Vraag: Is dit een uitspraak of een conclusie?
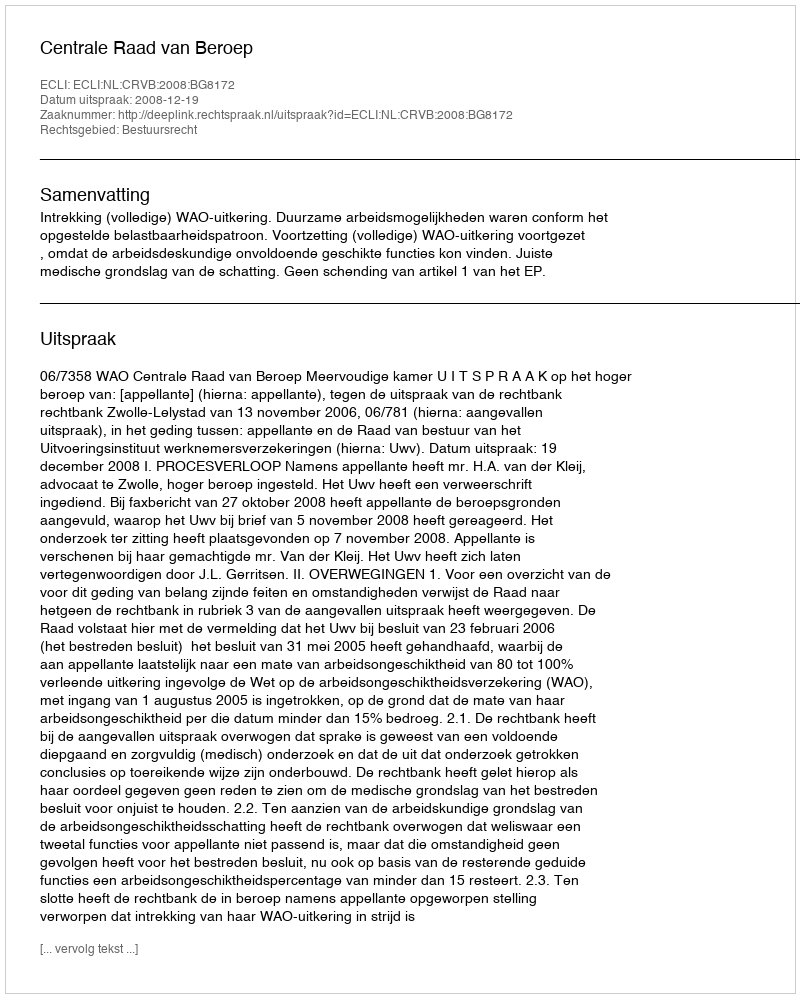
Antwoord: Uitspraak